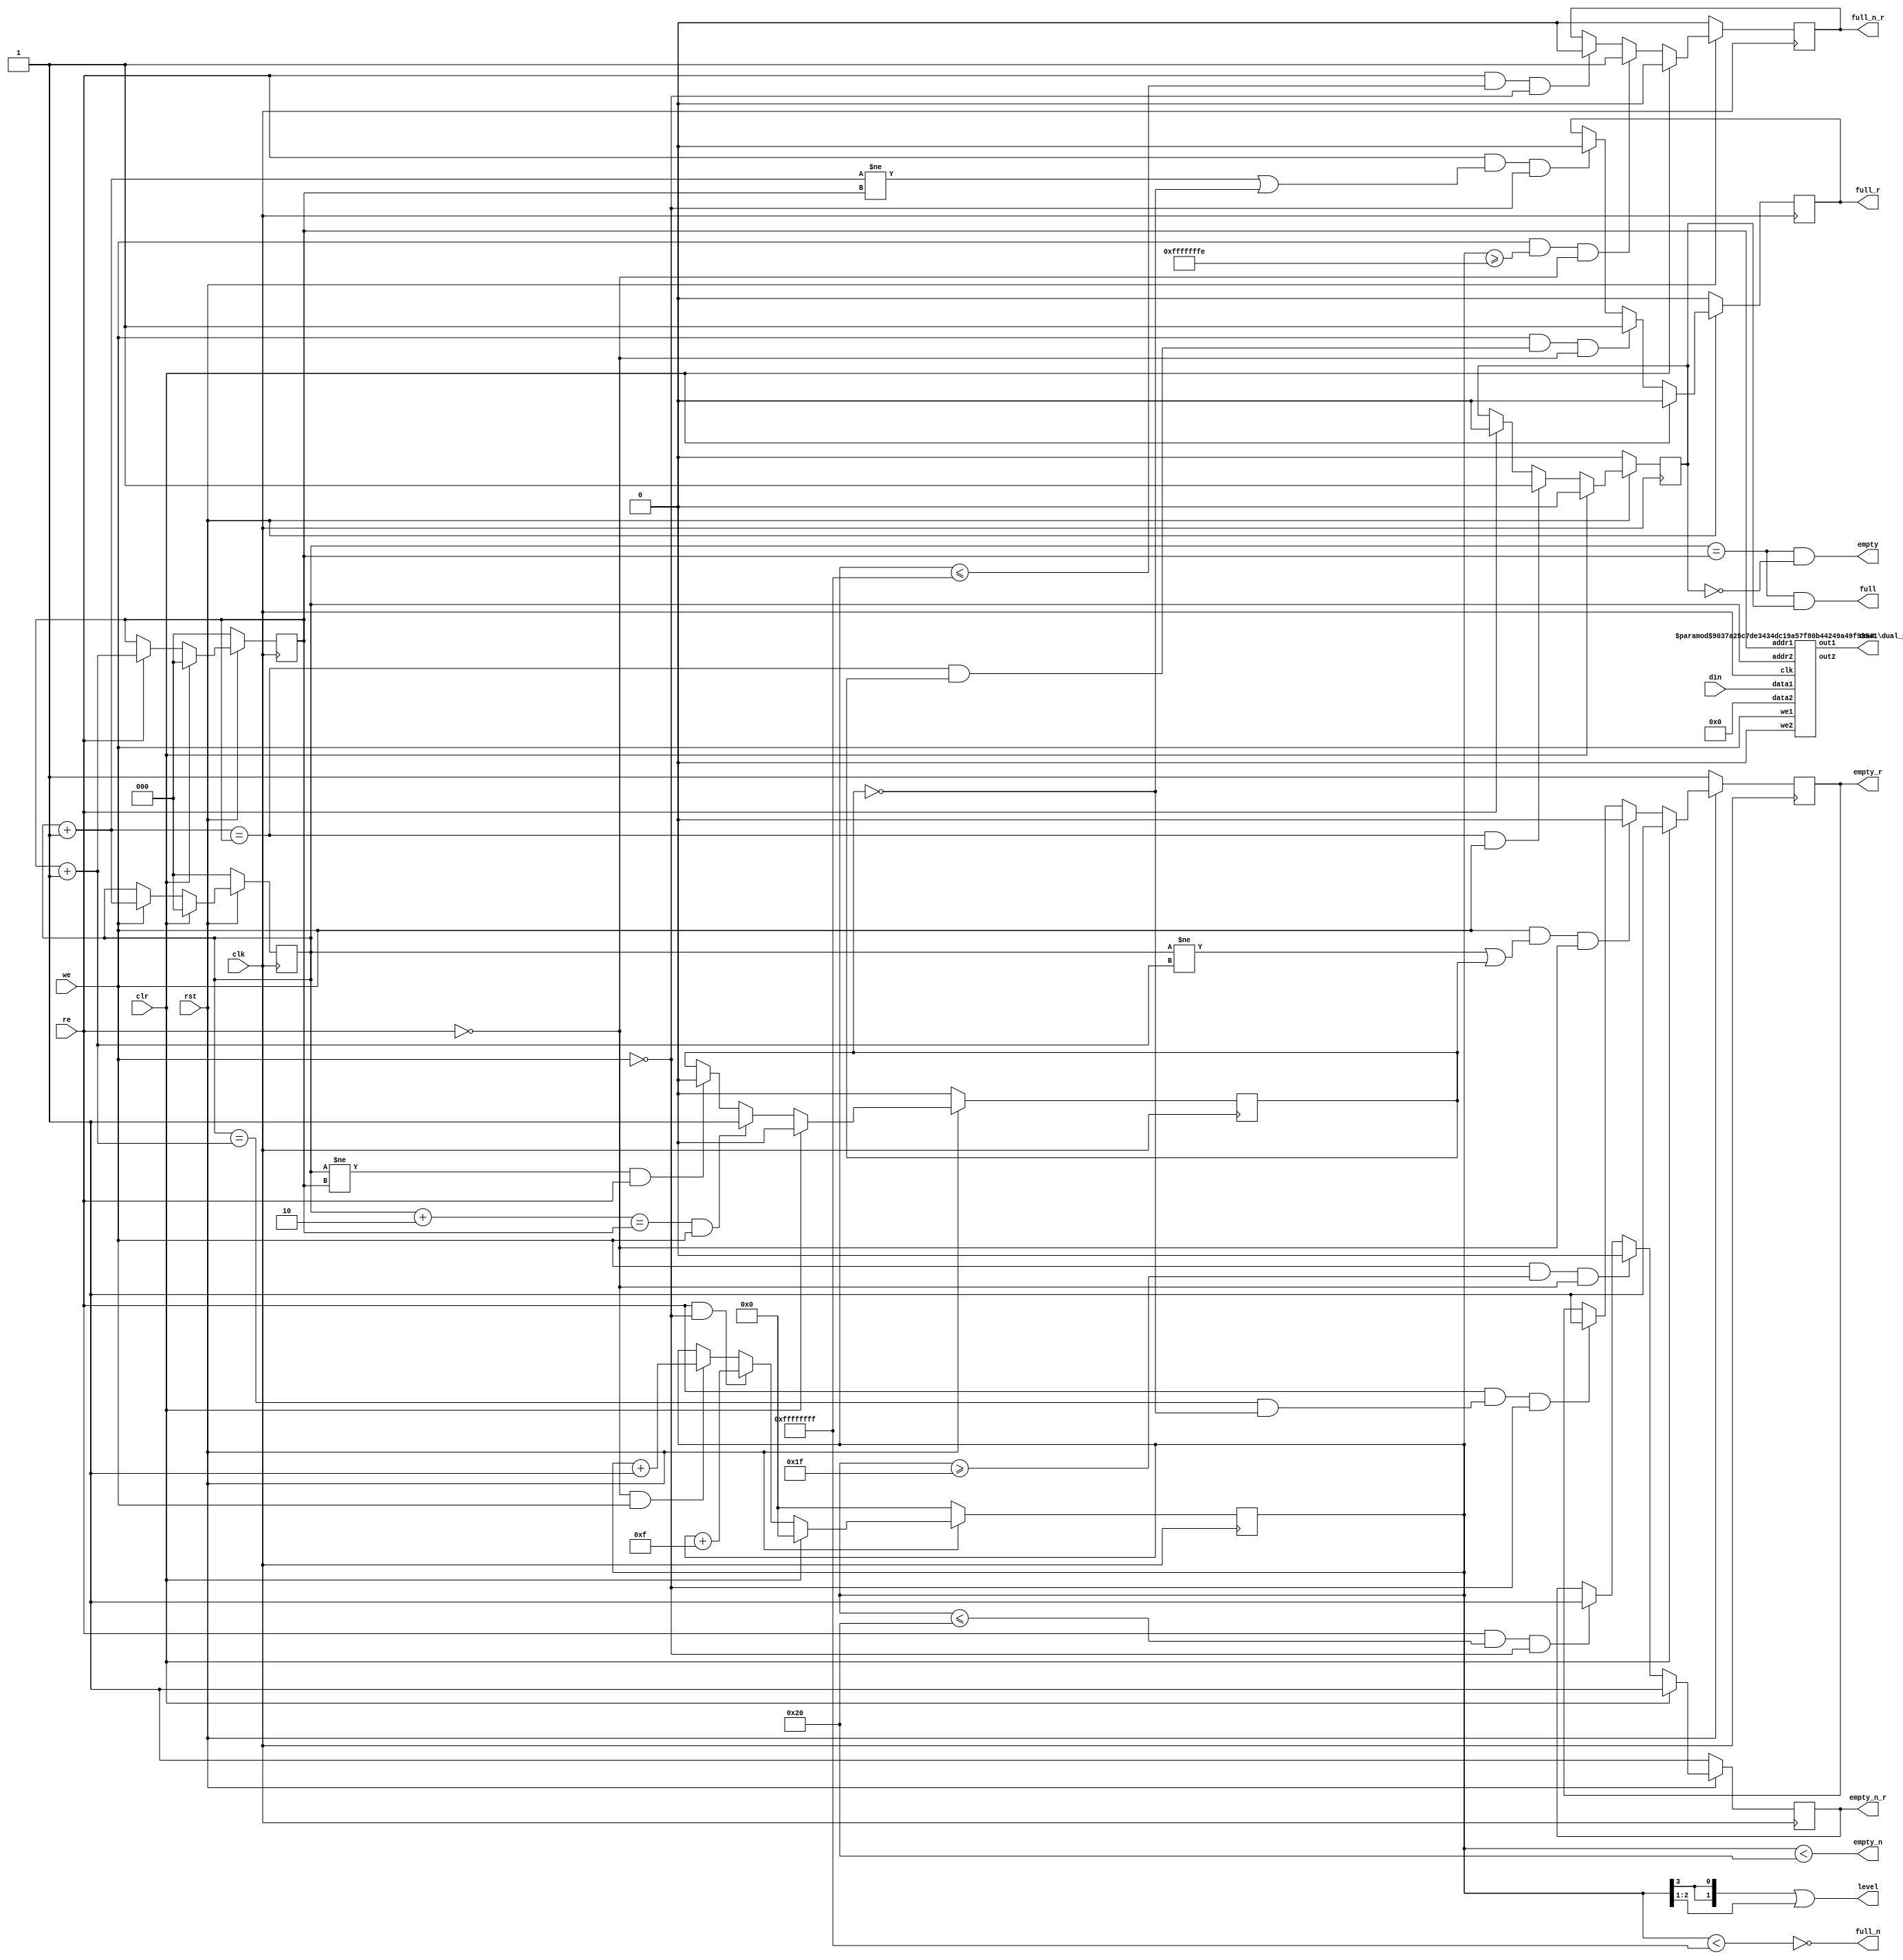
`define  n 32
`define max_size 30
`define SIMULATION_MEMORY
//`define SC_FIFO_ASYNC_RESET				// Uncomment for Syncr. reset
//`define SC_FIFO_ASYNC_RESET	or negedge rst		// Uncomment for Async. reset
 `define dwa  60
`define awa  6
//`define SC_FIFO_ASYNC_RESET				// Uncomment for Syncr. reset
//`define SC_FIFO_ASYNC_RESET	or negedge rst		// Uncomment for Async. reset
 `define dwb  32
`define awb  2
//`define SC_FIFO_ASYNC_RESET				// Uncomment for Syncr. reset
//`define SC_FIFO_ASYNC_RESET	or negedge rst		// Uncomment for Async. reset
 `define dwc  61
`define awc 3

module generic_fifo_sc_c(clk, rst, clr, din, we, dout, re,
			 full, empty,
             full_n, empty_n,
             full_r, empty_r,
			 full_n_r, empty_n_r,
             level);
 /*
parameter dw=8;
parameter aw=8;
parameter n=32;
parameter max_size = 1<<aw;
 */
input			clk, rst, clr;
input	[`dwc-1:0]	din;
input			we;
output	[`dwc-1:0]	dout;
input			re;
output			full, full_r;
output			empty, empty_r;
output			full_n, full_n_r;
output			empty_n, empty_n_r;
output	[1:0]		level;
 
////////////////////////////////////////////////////////////////////
//
// Local Wires
//
 
reg	[`awc-1:0]	wp;
wire	[`awc-1:0]	wp_pl1;
wire	[`awc-1:0]	wp_pl2;
reg	[`awc-1:0]	rp;
wire	[`awc-1:0]	rp_pl1;
reg			full_r;
reg			empty_r;
reg			gb;
reg			gb2;
reg	[`awc:0]		cnt;
wire			full_n, empty_n;
reg			full_n_r, empty_n_r;
 
////////////////////////////////////////////////////////////////////
//
// Memory Block
//
 wire always_zero;
 assign always_zero = 1'b0;
 wire [`dwc-1:0] junk_out;
 
 wire [`dwc-1:0] junk_in;
 
 // manually assign
 assign junk_in = 61'b0000000000000000000000000000000000000000000000000000000000000;

defparam ram1.ADDR_WIDTH = `awc;
defparam ram1.DATA_WIDTH = `dwc;
dual_port_ram   ram1(
	.clk(		clk		),
	.addr1(		rp		),
	.addr2(		wp		),
	.we1(		we		),
	.we2(		always_zero		),
	.out1(		dout		),
	.out2(		junk_out		),
	.data1(		din		),
	.data2 (	junk_in)
	);
 
////////////////////////////////////////////////////////////////////
//
// Misc Logic
//
 
always @(posedge clk )
	if(!rst)	wp <=  {3'b000};
	else
	if(clr)		wp <=  {3'b000};
	else
	if(we)		wp <=  wp_pl1;
 
assign wp_pl1 = wp + { {2'b00}, 1'b1};
assign wp_pl2 = wp +  { {1'b0}, 2'b10};
 
always @(posedge clk )
	if(!rst)	rp <=  {3'b000};
	else
	if(clr)		rp <=  {3'b000};
	else
	if(re)		rp <=  rp_pl1;
 
assign rp_pl1 = rp + { {2'b00}, 1'b1};
 
////////////////////////////////////////////////////////////////////
//
// Combinatorial Full & Empty Flags
//
 
assign empty = ((wp == rp) & !gb);
assign full  = ((wp == rp) &  gb);
 
// Guard Bit ...
always @(posedge clk )
	if(!rst)			gb <=  1'b0;
	else
	if(clr)				gb <=  1'b0;
	else
	if((wp_pl1 == rp) & we)		gb <=  1'b1;
	else
	if(re)				gb <=  1'b0;
 
////////////////////////////////////////////////////////////////////
//
// Registered Full & Empty Flags
//
 
// Guard Bit ...
always @(posedge clk )
	if(!rst)			gb2 <=  1'b0;
	else
	if(clr)				gb2 <=  1'b0;
	else
	if((wp_pl2 == rp) & we)		gb2 <=  1'b1;
	else
	if((wp != rp) & re)		gb2 <=  1'b0;
 
always @(posedge clk )
	if(!rst)				full_r <=  1'b0;
	else
	if(clr)					full_r <=  1'b0;
	else
	if(we & ((wp_pl1 == rp) & gb2) & !re)	full_r <=  1'b1;
	else
	if(re & ((wp_pl1 != rp) | !gb2) & !we)	full_r <=  1'b0;
 
always @(posedge clk )
	if(!rst)				empty_r <=  1'b1;
	else
	if(clr)					empty_r <=  1'b1;
	else
	if(we & ((wp != rp_pl1) | gb2) & !re)	empty_r <=  1'b0;
	else
	if(re & ((wp == rp_pl1) & !gb2) & !we)	empty_r <=  1'b1;
 
////////////////////////////////////////////////////////////////////
//
// Combinatorial Full_n & Empty_n Flags
//
 
assign empty_n = cnt < `n;
assign full_n  = !(cnt < (`max_size-`n+1));
assign level = {{cnt[`awc]}, {cnt[`awc]}} | cnt[`awc-1:`awc-2];
 
// N entries status
always @(posedge clk )
	if(!rst)	cnt <=  {3'b000};
	else
	if(clr)		cnt <=  {3'b000};
	else
	if( re & !we)	cnt <=  cnt + { 4'b1111};
	else
	if(!re &  we)	cnt <=  cnt + { {3'b000}, 1'b1};
 
////////////////////////////////////////////////////////////////////
//
// Registered Full_n & Empty_n Flags
//
 
always @(posedge clk )
	if(!rst)				empty_n_r <=  1'b1;
	else
	if(clr)					empty_n_r <=  1'b1;
	else
	if(we & (cnt >= (`n-1) ) & !re)		empty_n_r <=  1'b0;
	else
	if(re & (cnt <= `n ) & !we)		empty_n_r <=  1'b1;
 
always @(posedge clk )
	if(!rst)				full_n_r <=  1'b0;
	else
	if(clr)					full_n_r <=  1'b0;
	else
	if(we & (cnt >= (`max_size-`n) ) & !re)	full_n_r <=  1'b1;
	else
	if(re & (cnt <= (`max_size-`n+1)) & !we)	full_n_r <=  1'b0;

endmodule
module dual_port_ram(
clk,
addr1,
addr2,
data1,
data2,
we1,
we2,
out1,
out2
);

parameter DATA_WIDTH = 256;
parameter ADDR_WIDTH = 10;
input clk;
input [ADDR_WIDTH-1:0] addr1;
input [ADDR_WIDTH-1:0] addr2;
input [DATA_WIDTH-1:0] data1;
input [DATA_WIDTH-1:0] data2;
input we1;
input we2;
output reg [DATA_WIDTH-1:0] out1;
output reg [DATA_WIDTH-1:0] out2;

reg [DATA_WIDTH-1:0] ram[ADDR_WIDTH-1:0];

always @(posedge clk) begin
  if (we1) begin
    ram[addr1] <= data1;
  end
  else begin
    out1 <= ram[addr1];
  end
end

always @(posedge clk) begin
  if (we2) begin
    ram [addr2] <= data2;
  end
  else begin
    out2 <= ram[addr2];
  end
end

endmodule